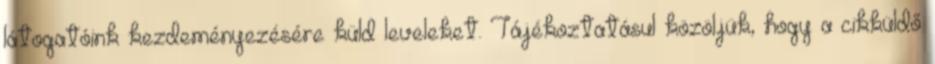
látogatóink kezdeményezésére küld leveleket. Tájékoztatásul közöljük, hogy a cikküldő